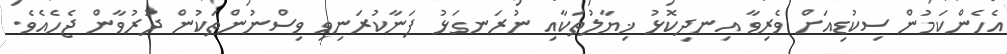
އެހެންކަމުން ސިކުޑިއަށް ވެރިވާ އިނދިކޮޅު ޚިޔާލުތަކާއި ނުރަނގަޅު ފަނާކުރަނިވި ވިސްނުންތަކުން ދުރުވާން ޖެހެއެވެ.